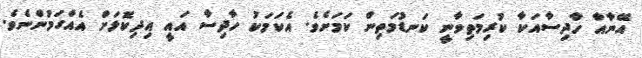
އޭނާއާ ހާދިސާއަކާ ކުރިމަތިވާނީ ކަނޑުމަތިން ކަމަށެވެ. އެކަމަކު ހާދިސާ އައީ އިދިކޮޅަށް އެއްގަމުންނެވެ.